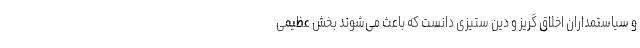
و سیاستمداران اخلاق گریز و دین ستیزی دانست که باعث می‌شوند بخش عظیمی